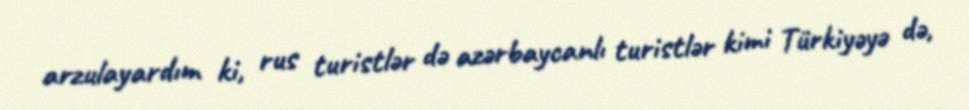
arzulayardım ki, rus turistlər də azərbaycanlı turistlər kimi Türkiyəyə də,